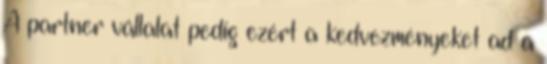
A partner vállalat pedig ezért a kedvezményeket ad a